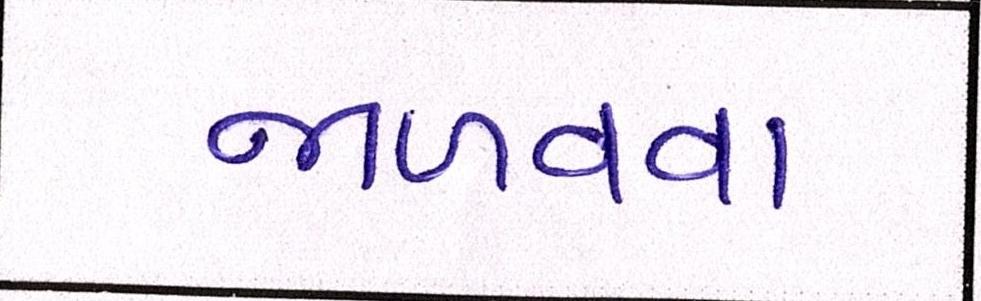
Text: જાળવવા